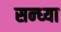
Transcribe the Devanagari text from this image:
सन्‍ध्‍या